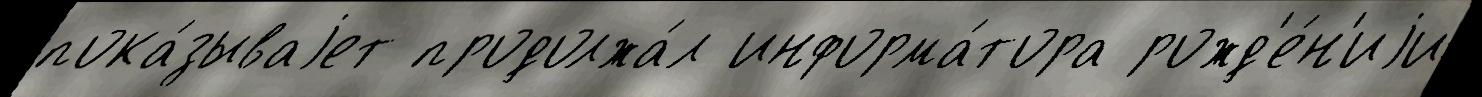
пока́зываjет продолжа́л информа́тора рожд'е́н'иjи